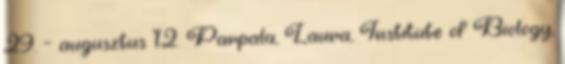
29. – augusztus 12. Parpala, Laura, Institute of Biology,